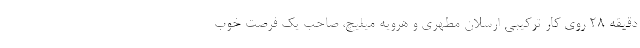
دقیقه ۲۸ روی کار ترکیبی ارسلان مطهری و هرویه میلیچ، صاحب یک فرصت خوب